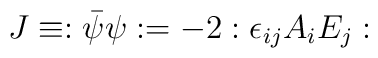
J\equiv:\bar\psi\psi:=-2:\epsilon_{ij}A_iE_j: